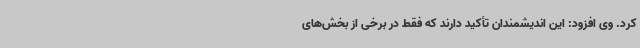
کرد. وی افزود: این اندیشمندان تأکید دارند که فقط در برخی از بخش‌های